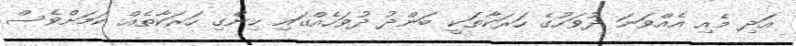
އަދި މެއި އެއްވަނަ ދުވަހުގެ ހަރަކާތަކީ ބަންދު ދުވަހެއްގައި ހިންގި ހަރަކާތެއް ކަމަށްވެސް